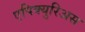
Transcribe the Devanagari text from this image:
एपिक्युरिअस